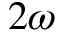
2 \omega